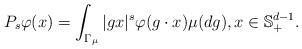
LaTeX: \begin{align*}P_s \varphi (x) = \int_{\Gamma_{\mu}} |g x|^s \varphi (g \cdot x) \mu(dg), x \in \mathbb{S}_+^{d-1}. \end{align*}